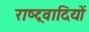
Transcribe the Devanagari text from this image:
राष्‍ट्रवादियों